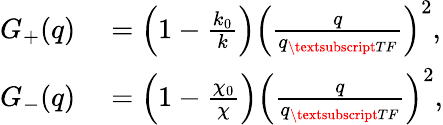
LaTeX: \begin{array}{rl}{G_{+}(q)}&{{}=\left(1-\frac{k_{0}}{k}\right)\left(\frac{q}{q_{\textsubscript{TF}}}\right)^{2},}\\ {G_{-}(q)}&{{}=\left(1-\frac{\chi_{0}}{\chi}\right)\left(\frac{q}{q_{\textsubscript{TF}}}\right)^{2},}\end{array}